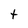
Character: t